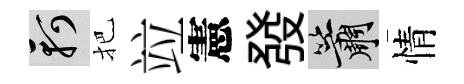
軻把竝憲發簫情